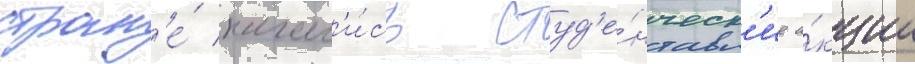
стран'е́ начал'и́сь студ'е́нческ'ие а́кции